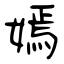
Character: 嫣